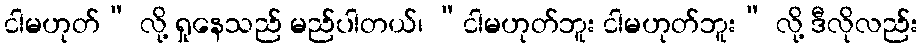
ငါမဟုတ်” လို့ ရှုနေသည် မည်ပါတယ်၊ “ငါမဟုတ်ဘူး ငါမဟုတ်ဘူး” လို့ ဒီလိုလည်း